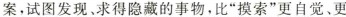
案，试图发现、求得隐藏的事物，比“摸索”更自觉、更